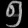
Digit: ၅